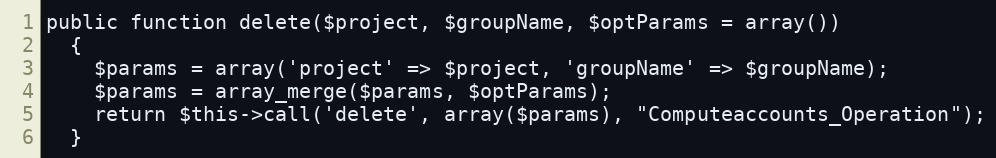
Language: PHP
public function delete($project, $groupName, $optParams = array())
  {
    $params = array('project' => $project, 'groupName' => $groupName);
    $params = array_merge($params, $optParams);
    return $this->call('delete', array($params), "Computeaccounts_Operation");
  }